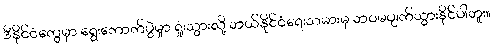
ဒီနိုင်ငံတွေမှာ ရွေးကောက်ပွဲမှုာ ရှုံးသွားလို့ ဘယ်နိုင်ငံရေးသမားမှ ဘဝမပျက်သွားနိုင်ပါဘူး။